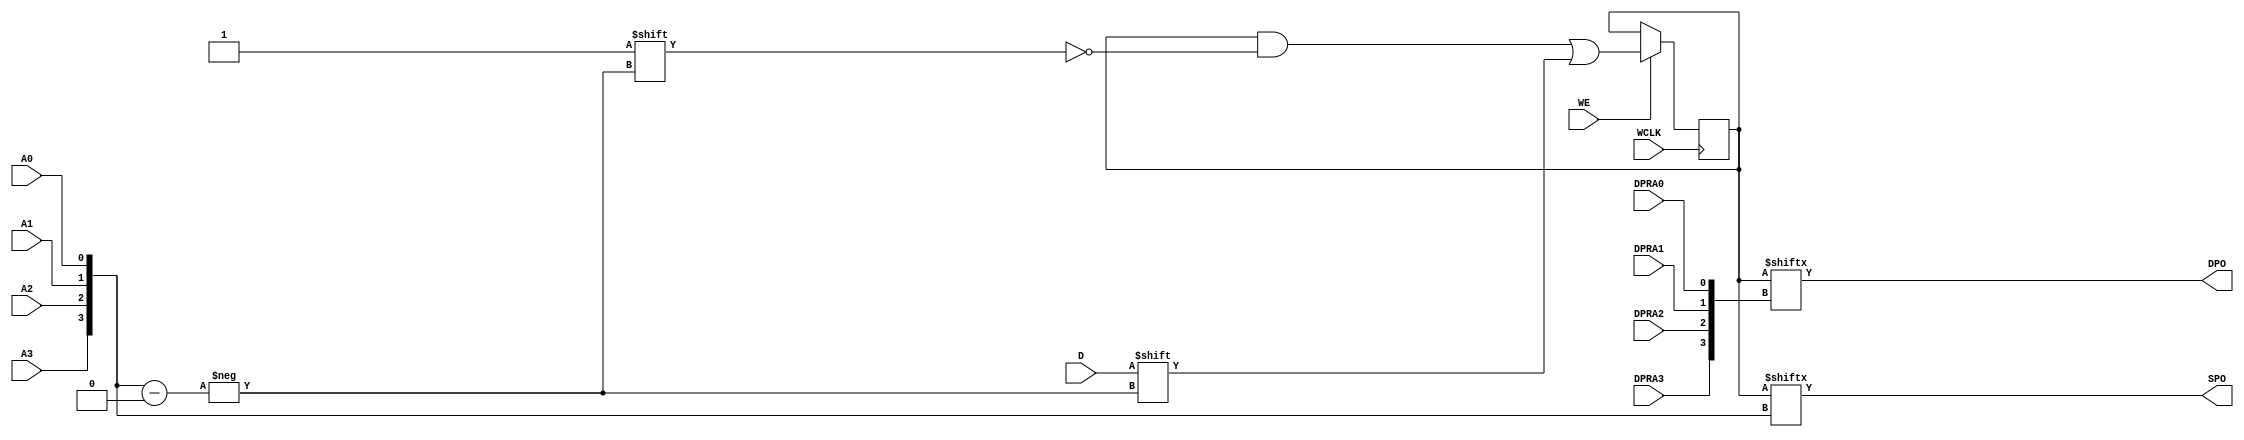
//-----------------------------------------------------------------
//                         biRISC-V CPU
//                            V0.8.1
//                     Ultra-Embedded.com
//                     Copyright 2019-2020
//
//                   admin@ultra-embedded.com
//
//                     License: Apache 2.0
//-----------------------------------------------------------------
// Copyright 2020 Ultra-Embedded.com
// 
// Licensed under the Apache License, Version 2.0 (the "License");
// you may not use this file except in compliance with the License.
// You may obtain a copy of the License at
// 
//     http://www.apache.org/licenses/LICENSE-2.0
// 
// Unless required by applicable law or agreed to in writing, software
// distributed under the License is distributed on an "AS IS" BASIS,
// WITHOUT WARRANTIES OR CONDITIONS OF ANY KIND, either express or implied.
// See the License for the specific language governing permissions and
// limitations under the License.
//-----------------------------------------------------------------
//-----------------------------------------------------------------
// Module - Xilinx register file (2 async read, 1 write port)
//-----------------------------------------------------------------
//-------------------------------------------------------------
// RAM16X1D: Verilator target RAM16X1D model
//-------------------------------------------------------------
//`ifdef verilator
module RAM16X1D (
    DPO, SPO, A0, A1, A2, A3, D, DPRA0, DPRA1, DPRA2, DPRA3, WCLK, WE);

    parameter INIT = 16'h0000;

    output DPO, SPO;

    input  A0, A1, A2, A3, D, DPRA0, DPRA1, DPRA2, DPRA3, WCLK, WE;

    reg  [15:0] mem;
    wire [3:0] adr;

    assign adr = {A3, A2, A1, A0};
    assign SPO = mem[adr];
    assign DPO = mem[{DPRA3, DPRA2, DPRA1, DPRA0}];

    initial 
        mem = INIT;

    always @(posedge WCLK) 
        if (WE == 1'b1)
            mem[adr] <= D;

endmodule
//`endif

module biriscv_xilinx_2r1w
(
    // Inputs
    `ifdef USE_POWER_PINS
        inout vccd1,
        inout vssd1,
    `endif
     input           clk_i
    ,input           rst_i
    ,input  [  4:0]  rd0_i
    ,input  [ 31:0]  rd0_value_i
    ,input  [  4:0]  ra_i
    ,input  [  4:0]  rb_i

    // Outputs
    ,output [ 31:0]  ra_value_o
    ,output [ 31:0]  rb_value_o
);


//-----------------------------------------------------------------
// Registers / Wires
//-----------------------------------------------------------------
wire [31:0]     reg_rs1_w;
wire [31:0]     reg_rs2_w;
wire [31:0]     rs1_0_15_w;
wire [31:0]     rs1_16_31_w;
wire [31:0]     rs2_0_15_w;
wire [31:0]     rs2_16_31_w;
wire            write_enable_w;
wire            write_banka_w;
wire            write_bankb_w;

//-----------------------------------------------------------------
// Register File (using RAM16X1D )
//-----------------------------------------------------------------
genvar i;

// Registers 0 - 15
generate
for (i=0;i<32;i=i+1)
begin : reg_loop1
    RAM16X1D reg_bit1a(
        .WCLK(clk_i), .WE(write_banka_w), .A0(rd0_i[0]), .A1(rd0_i[1]), .A2(rd0_i[2]), .A3(rd0_i[3]), .D(rd0_value_i[i]), .DPRA0(ra_i[0]), .DPRA1(ra_i[1]), .DPRA2(ra_i[2]), .DPRA3(ra_i[3]), .DPO(rs1_0_15_w[i]), .SPO(/* open */));
    RAM16X1D reg_bit2a(
        .WCLK(clk_i), .WE(write_banka_w), .A0(rd0_i[0]), .A1(rd0_i[1]), .A2(rd0_i[2]), .A3(rd0_i[3]), .D(rd0_value_i[i]), .DPRA0(rb_i[0]), .DPRA1(rb_i[1]), .DPRA2(rb_i[2]), .DPRA3(rb_i[3]), .DPO(rs2_0_15_w[i]), .SPO(/* open */));
end
endgenerate

// Registers 16 - 31
generate
for (i=0;i<32;i=i+1)
begin : reg_loop2
    RAM16X1D reg_bit1b(
        .WCLK(clk_i), .WE(write_bankb_w), .A0(rd0_i[0]), .A1(rd0_i[1]), .A2(rd0_i[2]), .A3(rd0_i[3]), .D(rd0_value_i[i]), .DPRA0(ra_i[0]), .DPRA1(ra_i[1]), .DPRA2(ra_i[2]), .DPRA3(ra_i[3]), .DPO(rs1_16_31_w[i]), .SPO(/* open */));
    RAM16X1D reg_bit2b(
        .WCLK(clk_i), .WE(write_bankb_w), .A0(rd0_i[0]), .A1(rd0_i[1]), .A2(rd0_i[2]), .A3(rd0_i[3]), .D(rd0_value_i[i]), .DPRA0(rb_i[0]), .DPRA1(rb_i[1]), .DPRA2(rb_i[2]), .DPRA3(rb_i[3]), .DPO(rs2_16_31_w[i]), .SPO(/* open */));
end
endgenerate

//-----------------------------------------------------------------
// Combinatorial Assignments
//-----------------------------------------------------------------
assign reg_rs1_w       = (ra_i[4] == 1'b0) ? rs1_0_15_w : rs1_16_31_w;
assign reg_rs2_w       = (rb_i[4] == 1'b0) ? rs2_0_15_w : rs2_16_31_w;

assign write_enable_w = (rd0_i != 5'b00000);

assign write_banka_w  = (write_enable_w & (~rd0_i[4]));
assign write_bankb_w  = (write_enable_w & rd0_i[4]);

reg [31:0] ra_value_r;
reg [31:0] rb_value_r;

// Register read ports
always @ *
begin
    if (ra_i == 5'b00000)
        ra_value_r = 32'h00000000;
    else
        ra_value_r = reg_rs1_w;

    if (rb_i == 5'b00000)
        rb_value_r = 32'h00000000;
    else
        rb_value_r = reg_rs2_w;
end

assign ra_value_o = ra_value_r;
assign rb_value_o = rb_value_r;

endmodule